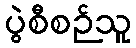
ပွဲစီစဉ်သူ